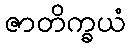
ဇာတိက္ခယံ